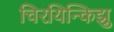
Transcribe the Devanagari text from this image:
चिरयिन्किझु